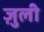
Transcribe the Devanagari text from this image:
ज़ुली